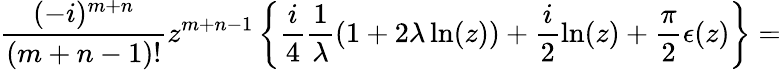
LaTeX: \frac{(-i)^{m+n}}{(m+n-1)!}z^{m+n-1}\left\{ \frac{i}{4}\frac{1}{\lambda}(1+2\lambda\ln(z))+\frac{i}{2}\ln(z)+\frac{\pi}{2}\epsilon(z)\right\} =